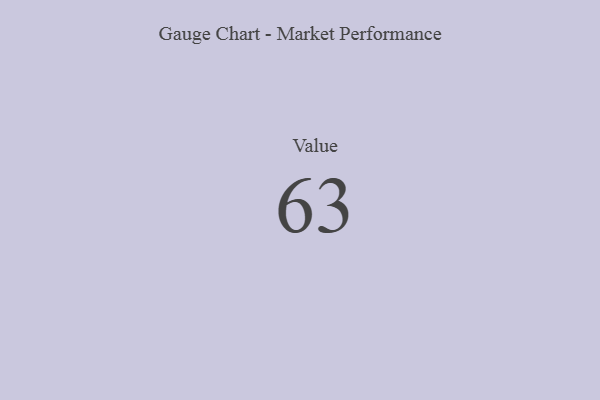
{"axis": {"x": "Metric", "y": "Value"}, "legend": [""], "data": [{"x": "Value", "y": 63, "type": ""}]}